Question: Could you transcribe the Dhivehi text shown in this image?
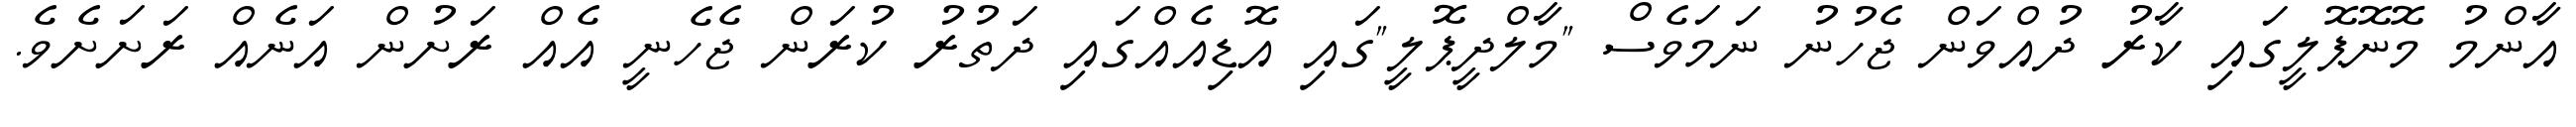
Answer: އާންމު މޮނޮޕޮލީގައި ކާރު ދުއްވަން ޖެހުނު ނަމަވެސް "މާލްދީޕޮލީ"ގައި އޮޑިއެއްގައި ދަތުރު ކުރަން ޖެހެނީ އެއް ރަށުން އަނެއް ރަށަށެވެ.